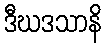
ဒီဃဒသာနိ